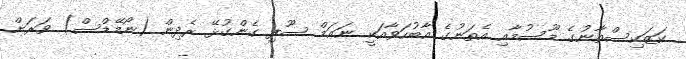
ކަޒަކިސްތާނުގެ މޫސުމާއި އެތަނުގެ އާބުހަވާއަކީ ނަޢަމް ސޫފި ގެންގުޅޭ ރެދިން (ނޯމޭޑްސް) ވަރަށް